Lunatic asylums Central Provinces reports 1886-1894 - 1886-1894
Year: 1886
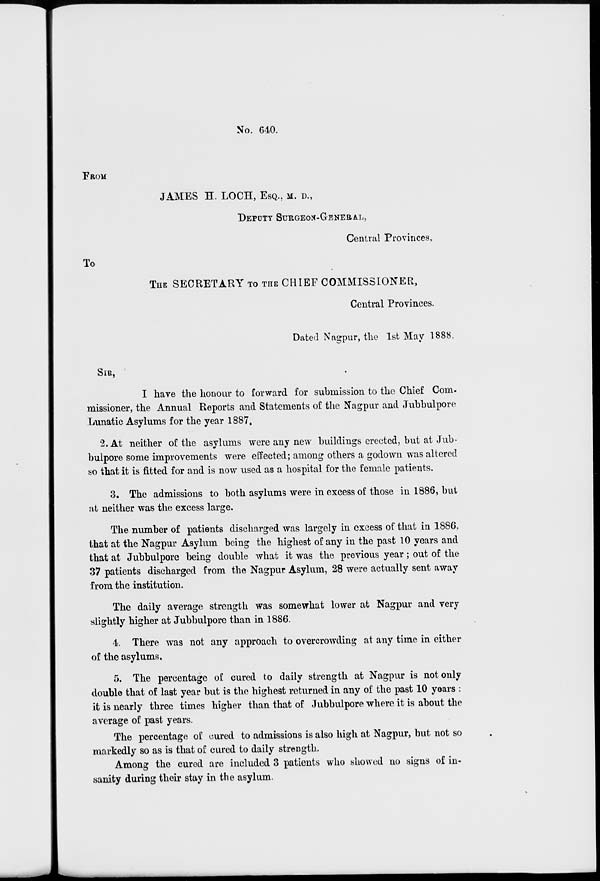
No. 640.
FROM
JAMES H. LOCH, ESQ., M. D.,
DEPUTY SURGEON-GENERAL,
Central Provinces,
TO
THE SECRETARY TO THE CHIEF COMMISSIONER,
Central Provinces.
Dated Nagpur, the 1st May 1888.
SIR,
I have the honour to forward for submission to the Chief Com-
missioner, the Annual Reports and Statements of the Nagpur and Jubhulpore
Lunatic Asylums for the year 1887.
2. At neither of the asylums were any new buildings erected, but at Jub-
-ulpore some improvements were effected; among others a godown was altered
so that it is fitted for and is now used as a hospital for the female patients.
3. The admissions to both asylums were in excess of those in 1886, but
at neither was the excess large.
The number of patients discharged was largely in excess of that in 1886,
that at the Nagpur Asylum being the highest of any in the past 10 years and
that at Jubbulpore being double what it was the previous year ; out of the
37 patients discharged from the Nagpur Asylum, 28 were actually sent away
from the institution.
The daily average strength was somewhat lower at Nagpur and very
slightly higher at Jubbulpore than in 1886.
4. There was not any approach to overcrowding at any time in either
of the asylums,
5. The percentage of cured to daily strength at Nagpur is not only
double that of last year but is the highest returned in any of the past 10 years :
it is nearly three times higher than that of Jubbulpore where it is about the
average of past years.
The percentage of cured to admissions is also high at Nagpur, but not so
markedly so as is that of cured to daily strength.
Among the cured are included 3 patients who showed no signs of in-
sanity during their stay in the asylum.